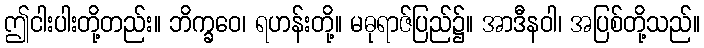
ဤငါးပါးတို့တည်း။ ဘိက္ခဝေ၊ ရဟန်းတို့။ မဓုရာဇ်ပြည်၌။ အာဒီနဝါ၊ အပြစ်တို့သည်။